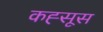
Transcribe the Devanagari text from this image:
कह्सूस